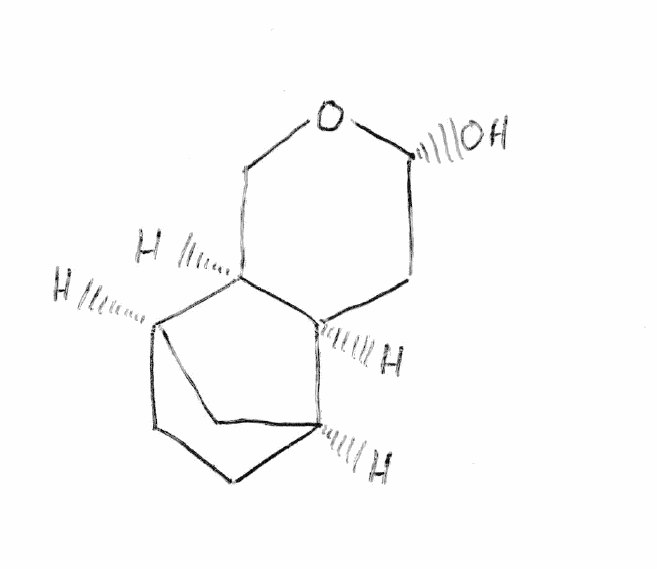
Simplified molecular-input line-entry system (SMILES) notation of the given molecule:
C1C[C@@H]2C[C@H]1[C@H]3[C@@H]2CO[C@@H](C3)O